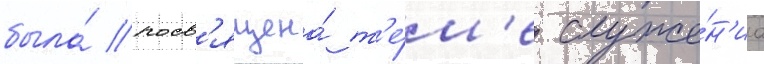
была́ посв'ящена́ т'е́м'е служе́н'иа